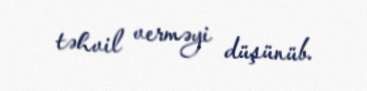
təhvil verməyi düşünüb.